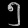
Digit: ၅